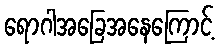
ရောဂါအခြေအနေကြောင့်